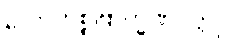
လောဟိစ္စဗြာဟ္မဏဝတ္ထု